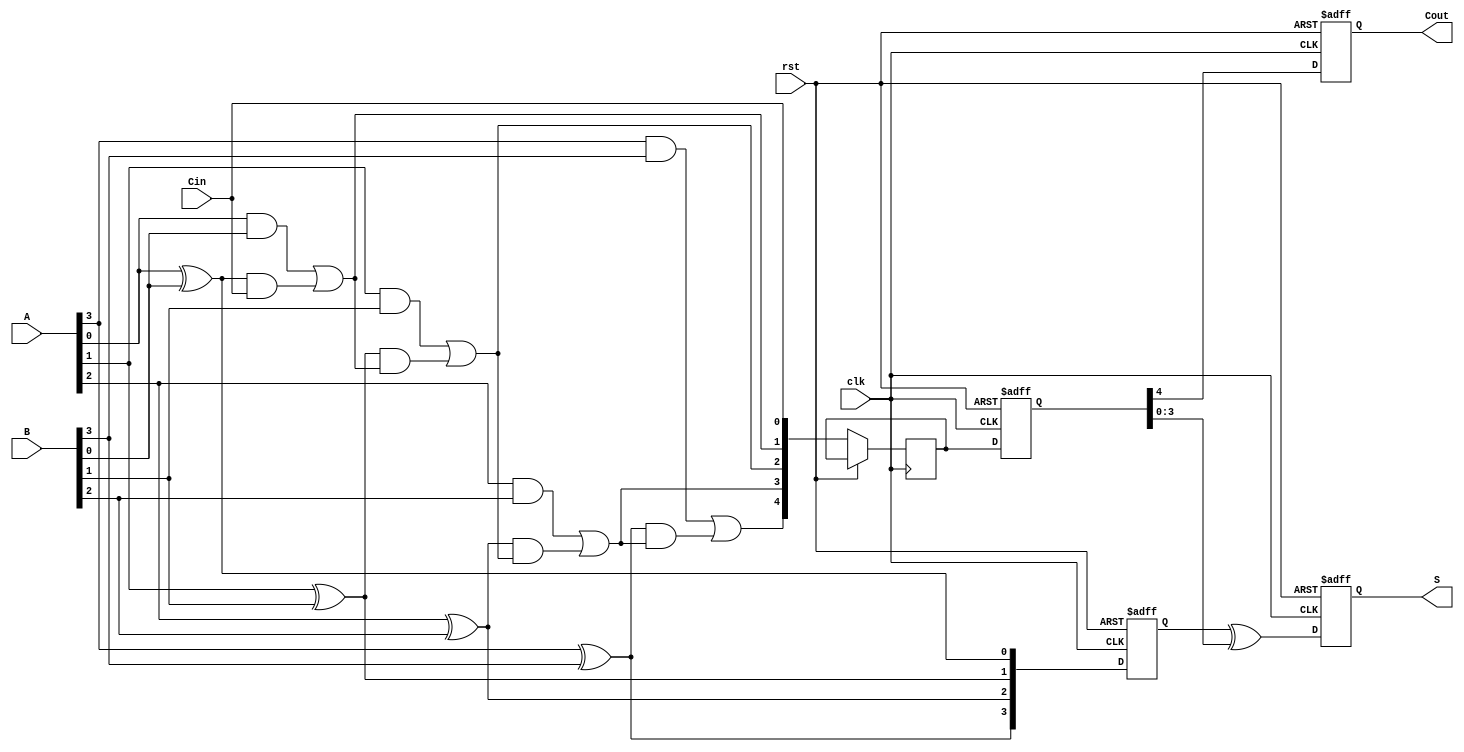
module PipelinedCarryLookaheadAdder #(parameter N = 4) (
    input wire clk,
    input wire rst,
    input wire [N-1:0] A, // First n-bit input
    input wire [N-1:0] B, // Second n-bit input
    input wire Cin,        // Carry-in
    output reg [N-1:0] S,  // Sum output
    output reg Cout        // Carry-out
);
    // Intermediate signals
    wire [N-1:0] G; // Generate signals
    wire [N-1:0] P; // Propagate signals
    wire [N:0] C;    // Carry signals

    // Generate and Propagate logic
    generate
        genvar i;
        for (i = 0; i < N; i = i + 1) begin: gen_prop
            assign G[i] = A[i] & B[i];      // Generate = A_i AND B_i
            assign P[i] = A[i] ^ B[i];      // Propagate = A_i XOR B_i
        end
    endgenerate

    // Carry calculation
    assign C[0] = Cin; // Initialize C0 to Cin
    generate
        for (i = 0; i < N; i = i + 1) begin: carry_calc
            assign C[i + 1] = G[i] | (P[i] & C[i]); // Carry calculation
        end
    endgenerate

    // Pipelining stages
    reg [N-1:0] reg_A;
    reg [N-1:0] reg_B;
    reg reg_Cin;
    reg [N:0] reg_C [1:0]; // Two pipeline stages for carry
    reg [N-1:0] reg_P;

    // Stage 1: Register inputs and calculate propagate
    always @(posedge clk or posedge rst) begin
        if (rst) begin
            reg_A <= 0;
            reg_B <= 0;
            reg_Cin <= 0;
            reg_P <= 0;
        end else begin
            reg_A <= A;
            reg_B <= B;
            reg_Cin <= Cin;
            reg_P <= P; // Register propagate signals
            reg_C[0] <= C; // Register carry signals
        end
    end

    // Stage 2: Calculate final carry and sum
    always @(posedge clk or posedge rst) begin
        if (rst) begin
            S <= 0;
            Cout <= 0;
            reg_C[1] <= 0;
        end else begin
            reg_C[1] <= reg_C[0]; // Propagate carry to next stage
            S <= reg_P ^ reg_C[1][N-1:0]; // Calculate the sum
            Cout <= reg_C[1][N]; // Final carry-out
        end
    end
endmodule